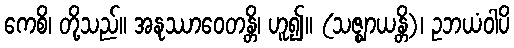
ကေစိ၊ တို့သည်။ အနုဿာဝေတန္တိ၊ ဟူ၍။ (သဇ္ဈာယန္တိ)၊ ဥဘယံဝါပိ